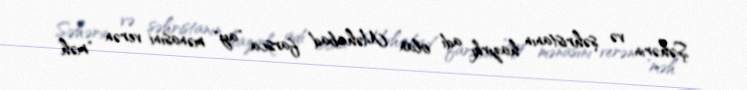
Şəhərin və şəhristanın hazırkı adı olan Məhabad farsca "ay" mənasını verən "məh